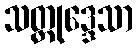
သတ္တုဒ္ဒေသာ